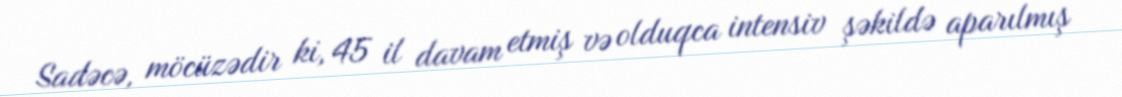
Sadəcə, möcüzədir ki, 45 il davam etmiş və olduqca intensiv şəkildə aparılmış